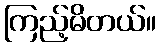
ကြည့်မိတယ်။